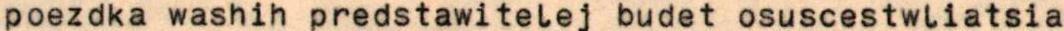
poezdka washih predstawitelej budet osuscestwliatsia